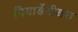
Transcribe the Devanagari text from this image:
गियार्डेनीयरा